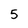
Character: 5